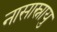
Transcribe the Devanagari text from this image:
नासास्नायु